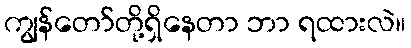
ကျွန်တော်တို့ရှိနေတာ ဘာ ရထားလဲ။